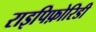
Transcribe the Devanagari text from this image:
राइपिफ़ोरिडी